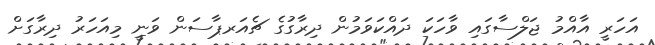
އަހަރީ އާއްމު ޖަލްސާގައި ވާހަކަ ދައްކަވަމުން ދިރާގުގެ ޗެއަރޕާސަން ވަނީ މިއަހަރު ދިރާގަށް